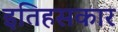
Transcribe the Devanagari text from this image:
इतिहसकार